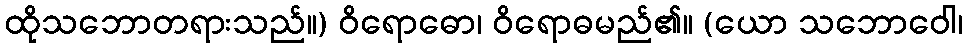
ထိုသဘောတရားသည်။) ဝိရောဓော၊ ဝိရောဓမည်၏။ (ယော သဘောဝေါ၊